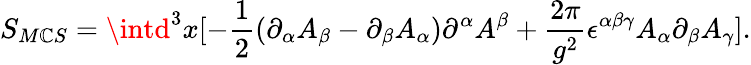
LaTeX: S_{M\mathbb{C}S}=\intd^{3}x[-\frac{{1}}{{2}}(\partial_{\alpha}A_{\beta}-\partial_{\beta}A_{\alpha})\partial^{\alpha}A^{\beta}+\frac{{2\pi}}{{g^{2}}}\epsilon^{\alpha\beta\gamma}A_{\alpha}\partial_{\beta}A_{\gamma}].